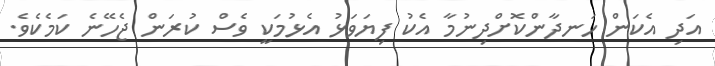
އަދި އެކަން ހަނދާންކޮށްދިނުމާ އެކު ފިޔަވަޅު އެޅުމަކީ ވެސް ކުރަން ޖެހޭނެ ކަމެކެވެ.